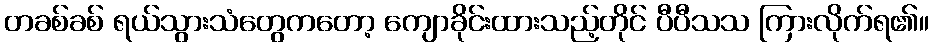
တခစ်ခစ် ရယ်သွားသံတွေကတော့ ကျောခိုင်းထားသည့်တိုင် ပီပီသသ ကြားလိုက်ရ၏။